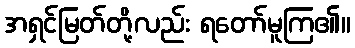
အရှင်မြတ်တို့လည်း ရတော်မူကြ၏။